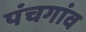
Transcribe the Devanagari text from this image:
पंचगांव